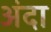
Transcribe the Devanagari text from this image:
अंदा